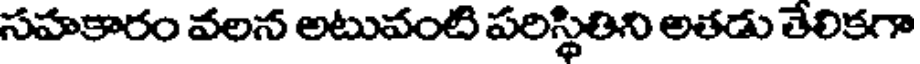
సహకారం వలన అటువంటి పరిస్థితిని అతడు తేలికగా